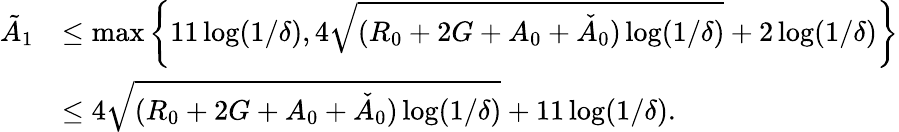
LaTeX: \begin{array}{rl}{\tilde{A}_{1}}&{\le\operatorname*{max}\left\{ 11\log(1/\delta),4\sqrt{(R_{0}+2G+A_{0}+\check{A}_{0})\log(1/\delta)}+2\log(1/\delta)\right\} }\\ &{\le 4\sqrt{(R_{0}+2G+A_{0}+\check{A}_{0})\log(1/\delta)}+11\log(1/\delta).}\end{array}